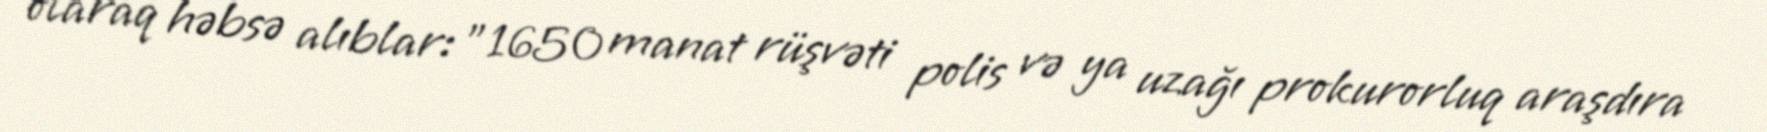
olaraq həbsə alıblar: "1650 manat rüşvəti polis və ya uzağı prokurorluq araşdıra